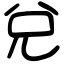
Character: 兌